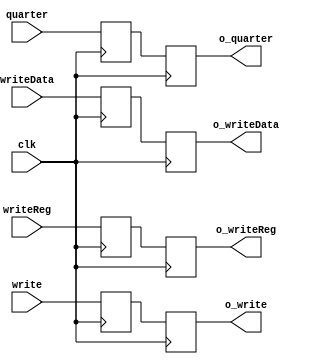
`timescale 1ns / 1ps
module MEM_WB_Latch
(
	input clk,
	input write,
	input [1:0]quarter,
	input [4:0] writeReg,
	output o_write,
	output [1:0]o_quarter,
	input [15:0] writeData,
	output [15:0] o_writeData,
	output [4:0] o_writeReg
 );
 
 reg _write, __write;
 reg [1:0]_quarter, __quarter;
 reg [15:0] _writeData, __writeData;
 reg [4:0] _writeReg, __writeReg;
 
 assign o_write 			= 	__write;
 assign o_quarter 		= 	__quarter;
 assign o_writeData     = __writeData;
 assign o_writeReg		= __writeReg;
 
 
 always @(negedge clk) begin
	begin
		_write			= write;
		_quarter			= quarter;
		_writeData		= writeData;
		_writeReg		= writeReg;
	end
 end
 
 always @(posedge clk) begin
	begin
		__write			= _write;
		__quarter		= _quarter;
		__writeData		= _writeData;
		__writeReg		= _writeReg;
	end
 end

endmodule